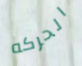
الحركه